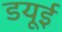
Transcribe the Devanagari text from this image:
डयूई